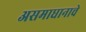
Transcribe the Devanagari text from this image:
असमाधानाचे